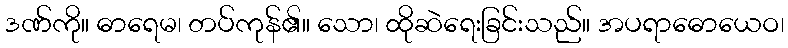
ဒဏ်ကို။ ဓာရေမ၊ တပ်ကုန်၏။ သော၊ ထိုဆဲရေးခြင်းသည်။ အပရာဓောယေဝ၊